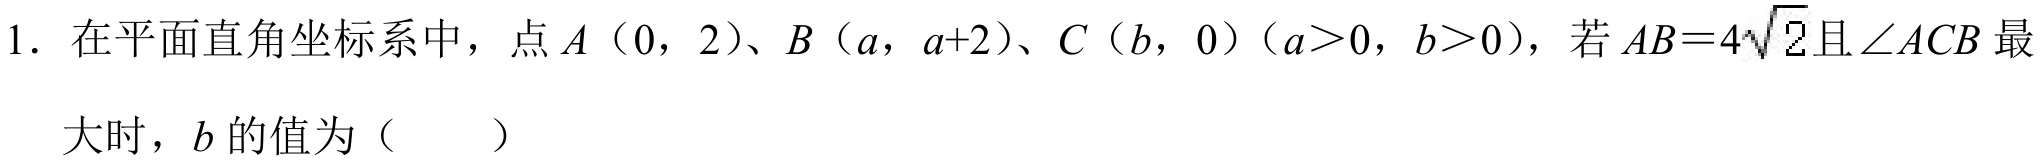
1. 在平面直角坐标系中，点\(A(0,2)\)、\(B(a,a + 2)\)、\(C(b,0)(a>0,b>0)\)，若\(AB = 4\sqrt{2}\)且\(\angle ACB\)最
大时，\(b\)的值为（  ）